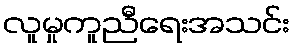
လူမှုကူညီရေးအသင်း